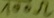
Text: 100Ω